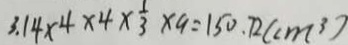
3 . 1 4 \times 4 \times 4 \times \frac { 1 } { 3 } \times 9 = 1 5 0 . 7 2 ( c m ^ { 3 } )